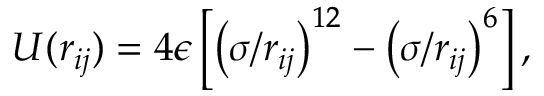
U ( r _ { i j } ) = 4 \epsilon \left[ \left( \sigma / r _ { i j } \right) ^ { 1 2 } - \left( \sigma / r _ { i j } \right) ^ { 6 } \right] ,